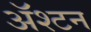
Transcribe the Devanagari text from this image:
ॲश्टन